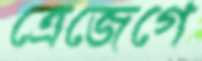
ত্রেজেগে